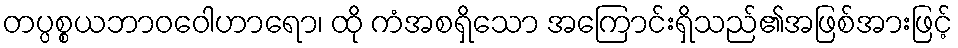
တပ္ပစ္စယဘာဝဝေါဟာရော၊ ထို ကံအစရှိသော အကြောင်းရှိသည်၏အဖြစ်အားဖြင့်